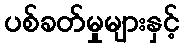
ပစ်ခတ်မှုများနှင့်